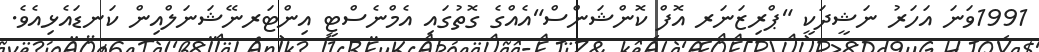
1991ވަނަ އަހަރު ނަޝީދަކީ "ޕްރިޒަނަރ އޮފް ކޮންޝަންސް"އެއްގެ ގޮތުގައި އެމްނެސްޓީ އިންޓަރނޭޝަނަލްއިން ކަނޑައެޅިއެވެ.